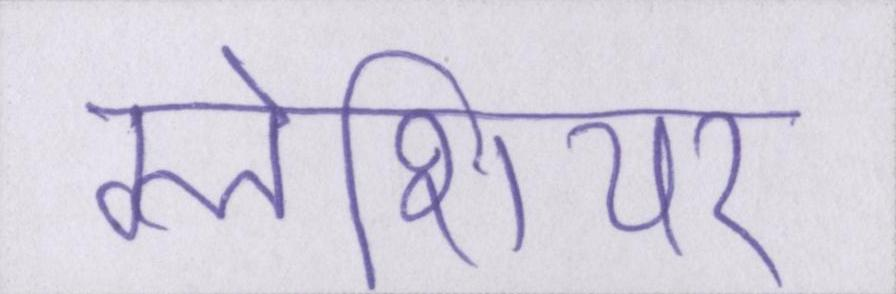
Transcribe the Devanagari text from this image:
ग्लेशियर